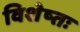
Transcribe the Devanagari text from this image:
विशेष्तः